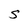
Character: S